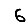
Digit: 6